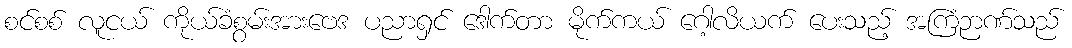
စင်စစ် လူငယ် ကိုယ်ခံစွမ်းအားဗေဒ ပညာရှင် ဒေါက်တာ မိုက်ကယ် ဂေါ့လိယက် ပေးသည့် အကြံဉာဏ်သည်